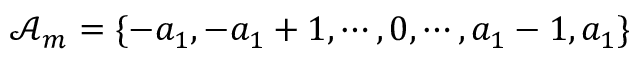
\mathcal { A } _ { m } = \{ - a _ { 1 } , - a _ { 1 } + 1 , \cdots , 0 , \cdots , a _ { 1 } - 1 , a _ { 1 } \}